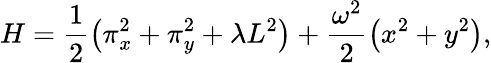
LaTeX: H=\frac{1}{2}\left(\pi_{x}^{2}+\pi_{y}^{2}+\lambda L^{2}\right)+\frac{\omega^{2}}{2}\left(x^{2}+y^{2}\right),